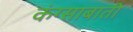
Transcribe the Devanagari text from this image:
कंग्साबाती